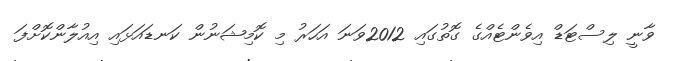
ވާނީ ލިސްޓަޑް އިވެންޓެއްގެ ގޮތުގައި 2012ވަނަ އަހަރު މި ކޮމިޝަނުން ކަނޑައަޅައި އިއުލާންކޮށްފަ